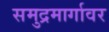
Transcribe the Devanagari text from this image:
समुद्रमार्गावर